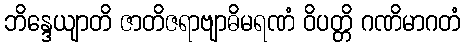
ဘိန္ဒေယျာတိ ဇာတိဇရာဗျာဓိမရဏံ ဝိပတ္တိ ဂဏိမာဂတံ